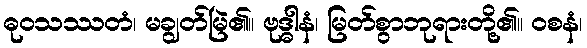
ဓုဝသဿတံ၊ မချွတ်မြဲ၏။ ဗုဒ္ဓါနံ၊ မြတ်စွာဘုရားတို့၏။ ဝစနံ၊